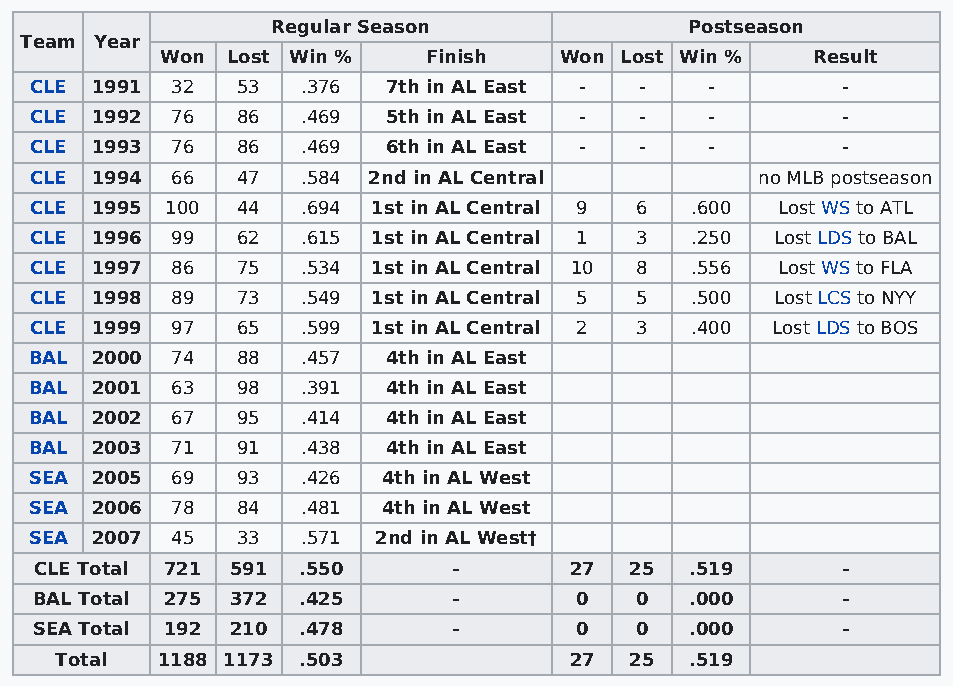
Regular Season              Postseason
 Team Year
 Won Lost Win %   Finish   Won Lost Win %   Result
 CLE 1991 32   53  .376  7th in AL East - -   -        -
 CLE 1992 76   86  .469  5th in AL East - -   -        -
 CLE 1993 76   86  .469  6th in AL East - -   -        -
 CLE 1994 66   47  .584 2nd in AL Central        no MLB postseason
 CLE 1995 100  44  .694 1st in AL Central 9 6 .600 Lost WS to ATL
 CLE 1996 99   62  .615 1st in AL Central 1 3 .250 Lost LDS to BAL
 CLE 1997 86   75  .534 1st in AL Central 10 8 .556 Lost WS to FLA
 CLE 1998 89   73  .549 1st in AL Central 5 5 .500 Lost LCS to NYY
 CLE 1999 97   65  .599 1st in AL Central 2 3 .400 Lost LDS to BOS
 BAL 2000 74   88  .457  4th in AL East
 BAL 2001 63   98  .391  4th in AL East
 BAL 2002 67   95  .414  4th in AL East
 BAL 2003 71   91  .438  4th in AL East
 SEA 2005 69   93  .426 4th in AL West
 SEA 2006 78   84  .481 4th in AL West
 SEA 2007 45   33  .571 2nd in AL West†
 CLE Total 721 591 .550      -       27  25  .519      -
 BAL Total 275 372 .425      -       0   0   .000      -
 SEA Total 192 210 .478      -       0   0   .000      -
 Total 1188 1173 .503              27  25  .519